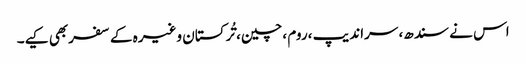
اس نے سندھ، سراندیپ ،روم ،چین، تُرکستان وغیرہ کے سفربھی کیے۔